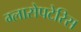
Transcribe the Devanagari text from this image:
ग्लासेपटेरिस